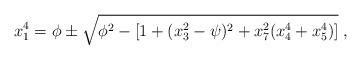
LaTeX: \begin{align*}x_1^4 =\phi\pm\sqrt{\phi^2-\left[ 1+(x_3^2-\psi)^2+x_7^2(x_4^4+x_5^4)\right] }\; ,\end{align*}